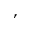
,